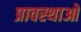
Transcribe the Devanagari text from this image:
प्रावस्थाओ